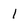
Character: 1